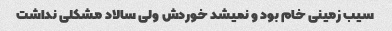
سیب زمینی خام بود و نمیشد خوردش ولی سالاد مشکلی نداشت